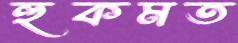
হুকমত